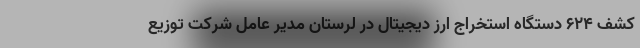
کشف ۶۲۴ دستگاه استخراج ارز دیجیتال در لرستان مدیر عامل شرکت توزیع